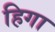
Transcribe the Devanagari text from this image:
हिगा